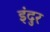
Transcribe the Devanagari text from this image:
इंदुर